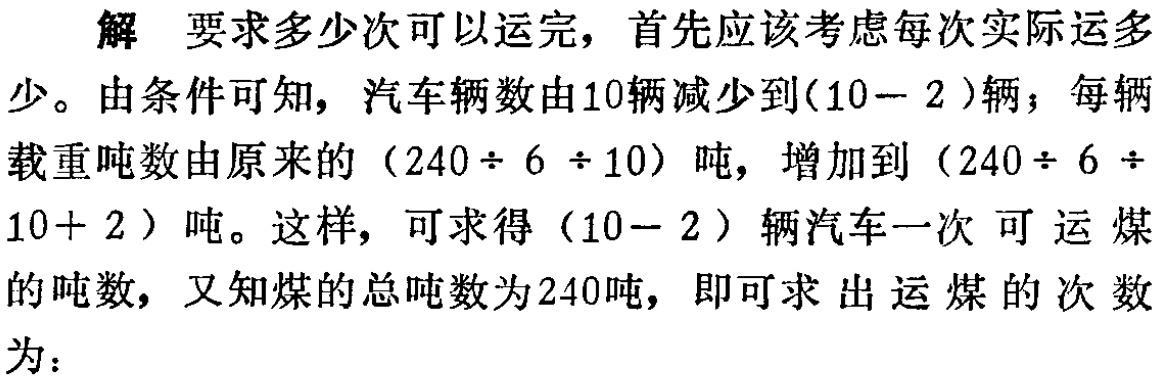
解 要求多少次可以运完，首先应该考虑每次实际运多少。由条件可知，汽车辆数由10辆减少到\((10 - 2)\)辆；每辆载重吨数由原来的\((240\div 6\div 10)\)吨，增加到\((240\div 6\div 10 + 2)\)吨。这样，可求得\((10 - 2)\)辆汽车一次可运煤的吨数，又知煤的总吨数为240吨，即可求出运煤的次数为：